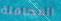
المحتملة